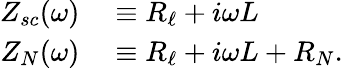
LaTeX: \begin{array}{rl}{Z_{sc}(\omega)}&{{}\equiv R_{\ell}+i\omega L}\\ {Z_{N}(\omega)}&{{}\equiv R_{\ell}+i\omega L+R_{N}.}\end{array}